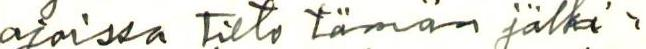
ajoissa tieto tämän jälki-